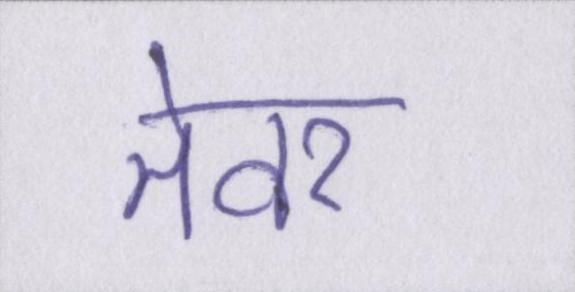
तेवर